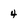
Character: 4